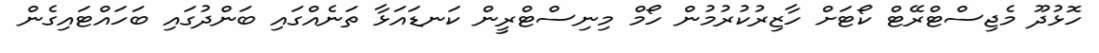
ހޮޅުދޫ މެޖިސްޓްރޭޓް ކޯޓަށް ހާޒިރުކުރުމުން ހޯމް މިނިސްޓްރީން ކަނޑައަޅާ ތަނެއްގައި ބަންދުގައި ބަހައްޓައިގެން